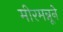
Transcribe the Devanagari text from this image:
मीरमन्नूने